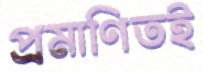
প্রমাণিতই